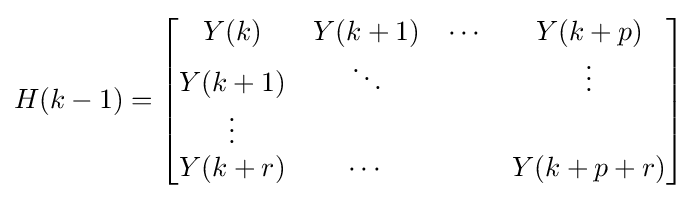
H(k-1)={\begin{bmatrix}Y(k)&Y(k+1)&\cdots &Y(k+p)\\Y(k+1)&\ddots &&\vdots \\\vdots &&&\\Y(k+r)&\cdots &&Y(k+p+r)\end{bmatrix}}